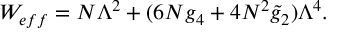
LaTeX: W _ { e f f } = N \Lambda ^ { 2 } + ( 6 N g _ { 4 } + 4 N ^ { 2 } \widetilde { g } _ { 2 } ) \Lambda ^ { 4 } .